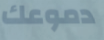
دموعك